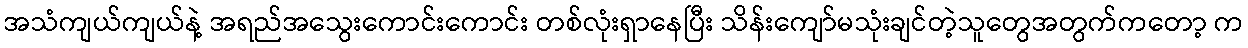
အသံကျယ်ကျယ်နဲ့ အရည်အသွေးကောင်းကောင်း တစ်လုံးရှာနေပြီး သိန်းကျော်မသုံးချင်တဲ့သူတွေအတွက်ကတော့ က